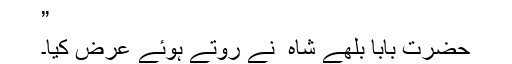
”
حضرت بابا بلھے شاہ ؒ نے روتے ہوئے عرض کیا۔